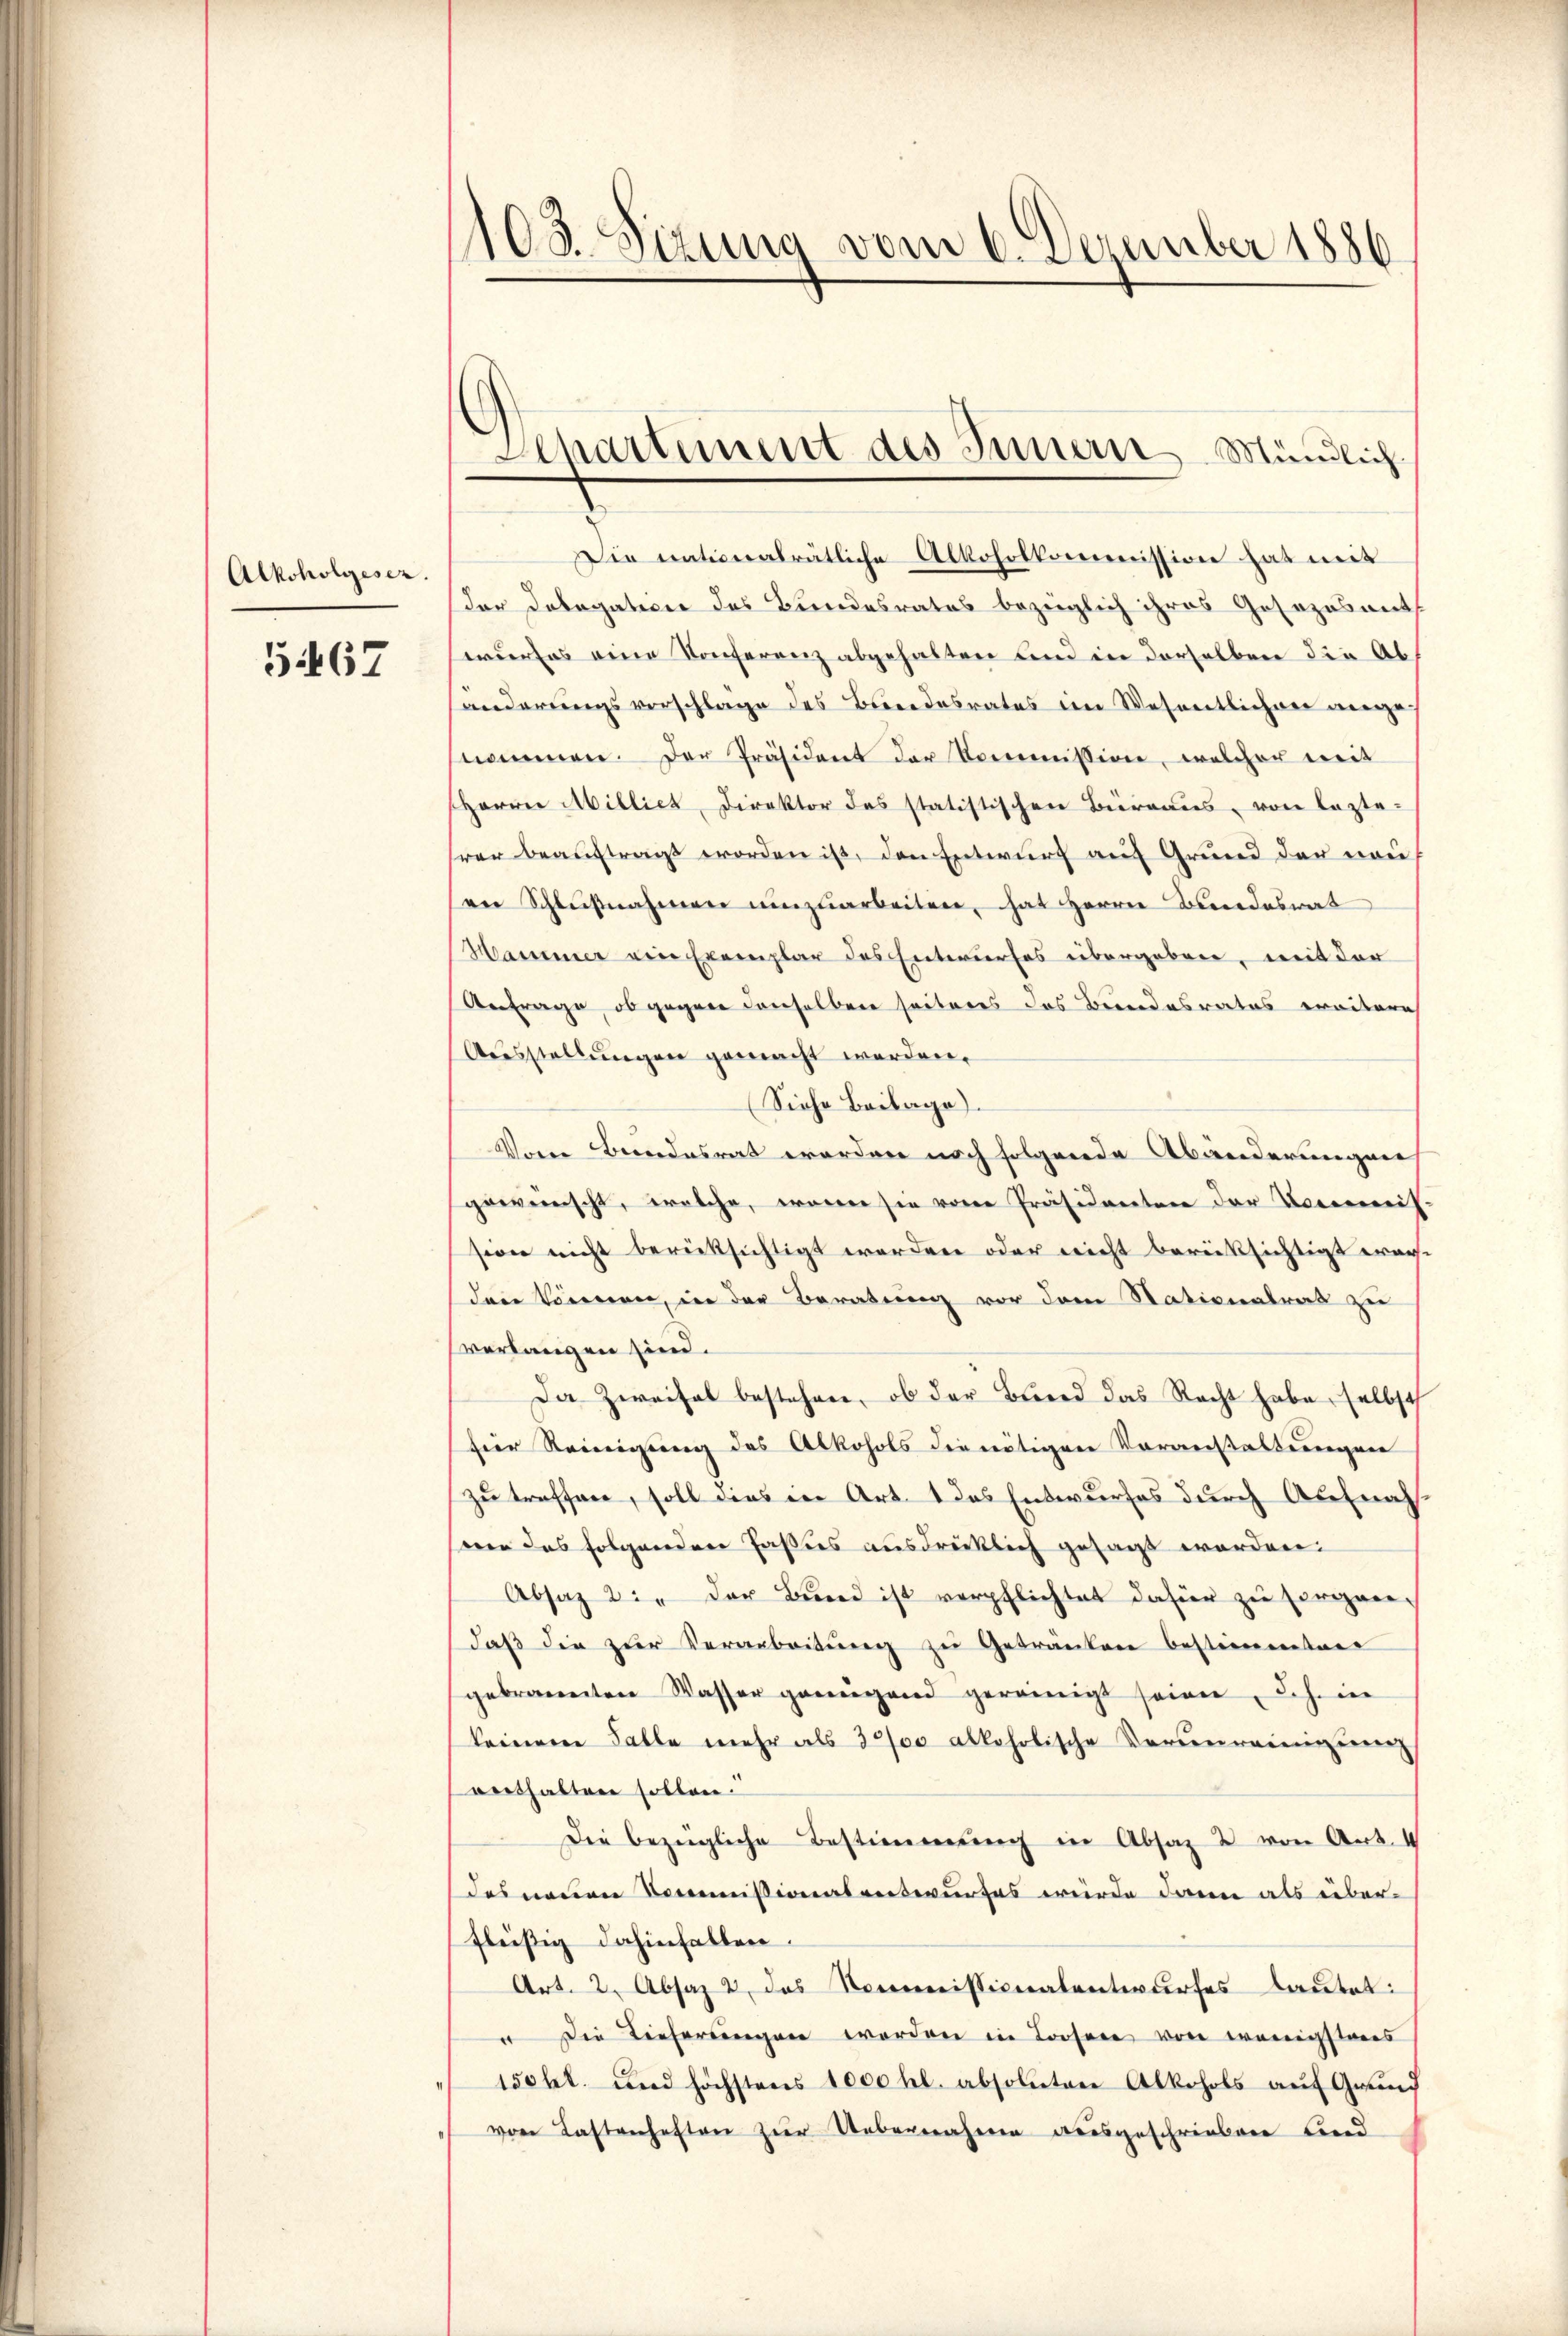
Alkoholgeser.

5467

Dir nationalrätliche Alkoholkommission hat mit
der Dolegatione des Bundesrates bezeiglich ihres Gesezesant
wurfes eine Konferenz abgehalten und in derselben die Ab
änderungsvorschlage des Bundesrates im Wesentlichen wege
nommen. Der Präsident der Kommission, welcher weit
Herrn Abilliet, Direktor des statistischen Büreaus, von lezte-
trer beauftragt worden ist, den Entwurf auf Grund der neuen Schlŭβnahmen umzuarbeiten, hat Herrn Bundesrat
Hammer ein Exemplar des Entwurfes übergeben, mit der
Anfrage, ob gegen denselben seiteres das Bundesrates erritore
Ausstellungen gemacht werden.
(Siehe Beilage).
Vom Bundesrat worden noch folgende Abänderungen,
gewünscht, welche, waren sie von Präsidenten der Vorermeis
sion nicht berücksichtigt werden oder nicht berücksichtigt war.
den können, in der Beratung vor dem Stationalrat zu
verlangen sind.
Da Zweifel bestehen, ob der Brend das Recht habe selbst
für Reinigung des Alkohols die nötigen Voranstaltungen
zu treffen, soll dies in Art. 1 das Entwurfes durch Aufnah-
wer das folgenden Fastes ausdrücklich gesagt worden.
Absaz 2: " der Bund ist verpflichtet dafür zu sorgandaβ die zŭr Verarbeitŭng zŭ Getränken bestimmten
gebrannten Wasser geweigend gereinigt seien, dahin
keinem Falle mehr als 3000 alkoholische Verŭnreinigŭng
verthalten sollen.
Die bezügliche Bestimmung in Absatz 2 von Art. 4
des neuen Commißionalentwurfes wurde dann als über-
fleißig dahinfallen.
Art. 2. Absaz 2 das Kommissionalentwurfes Lautet:
 Die Lieferungen werden in Loosen von wenigsteres
150 hl. und höchstens 1000 fl. absoluten Alkohols aŭf Grund
von Lastenhaften zur Uebernäheren ausgeschriebene Beend

103. Sizung vom 6. Dezember 1886

Departement des Innern Mündlich